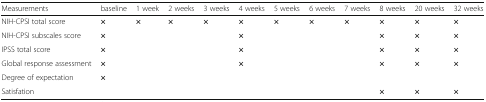
| Measurements | baseline | 1 week | 2 weeks | 3 weeks | 4 weeks | 5 weeks | 6 weeks | 7 weeks | 8 weeks | 20 weeks | 32 weeks |
 | --- | --- | --- | --- | --- | --- | --- | --- | --- | --- | --- | --- |
 | NIH-CPSI total score | × | × | × | × | × | × | × | × | × | × | × |
 | NIH-CPSI subscales score | × |  |  |  | × |  |  |  | × | × | × |
 | IPSS total score | × |  |  |  | × |  |  |  | × | × | × |
 | Global response assessment | × |  |  |  | × |  |  |  | × | × | × |
 | Degree of expectation | × |  |  |  |  |  |  |  |  |  |  |
 | Satisfation |  |  |  |  |  |  |  |  | × | × | × |